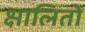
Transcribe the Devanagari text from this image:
क्षालितो